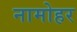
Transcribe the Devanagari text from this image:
नामोहर